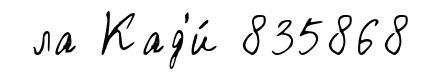
ла Кад'и́ 835868